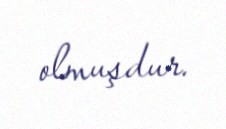
olmuşdur.